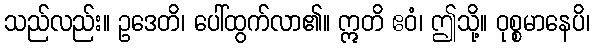
သည်လည်း။ ဥဒေတိ၊ ပေါ်ထွက်လာ၏။ ဣတိ ဧဝံ၊ ဤသို့။ ဝုစ္စမာနေပိ၊